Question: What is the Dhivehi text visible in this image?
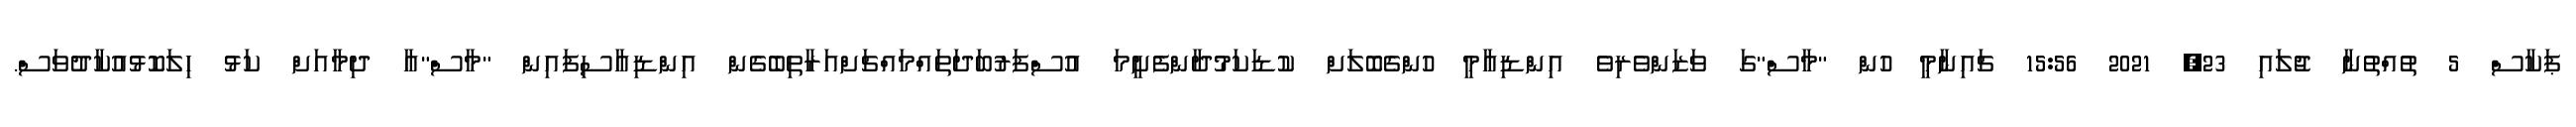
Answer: ޕަކާސް 5 ތުއްތުނާ ޖުލައި 23, 2021 15:56 ޗައިނާމީ ހުން "މާސް"ގަ ވަޒަންވެރިވެ އިންޑިއާމީ ހުންގެބޮލަށް ކުޑަކަމުދާންފެށީމަ އުސްފަރުބަދަތައްމައްޗަށްއަރާތިބެގެން އިންޑިއާސިފައިން "މާސް"އާ ދިމާއަށް ކަޅު ހިލަކޮޅުއުކާދުވަސް.